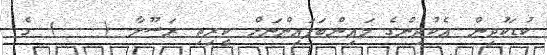
ކުޑަކުދިން އެކުދިންގެ މައިންބަފައިންނަށް ކީރިތި ރަސޫލާ (   ) ގެ